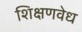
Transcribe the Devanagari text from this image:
शिक्षणवेध